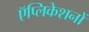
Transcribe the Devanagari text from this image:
ऍप्लिकेशनों